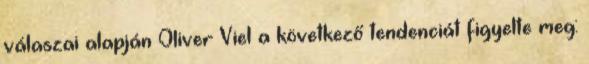
válaszai alapján Oliver Viel a következő tendenciát figyelte meg: